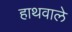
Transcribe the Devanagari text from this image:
हाथवाले